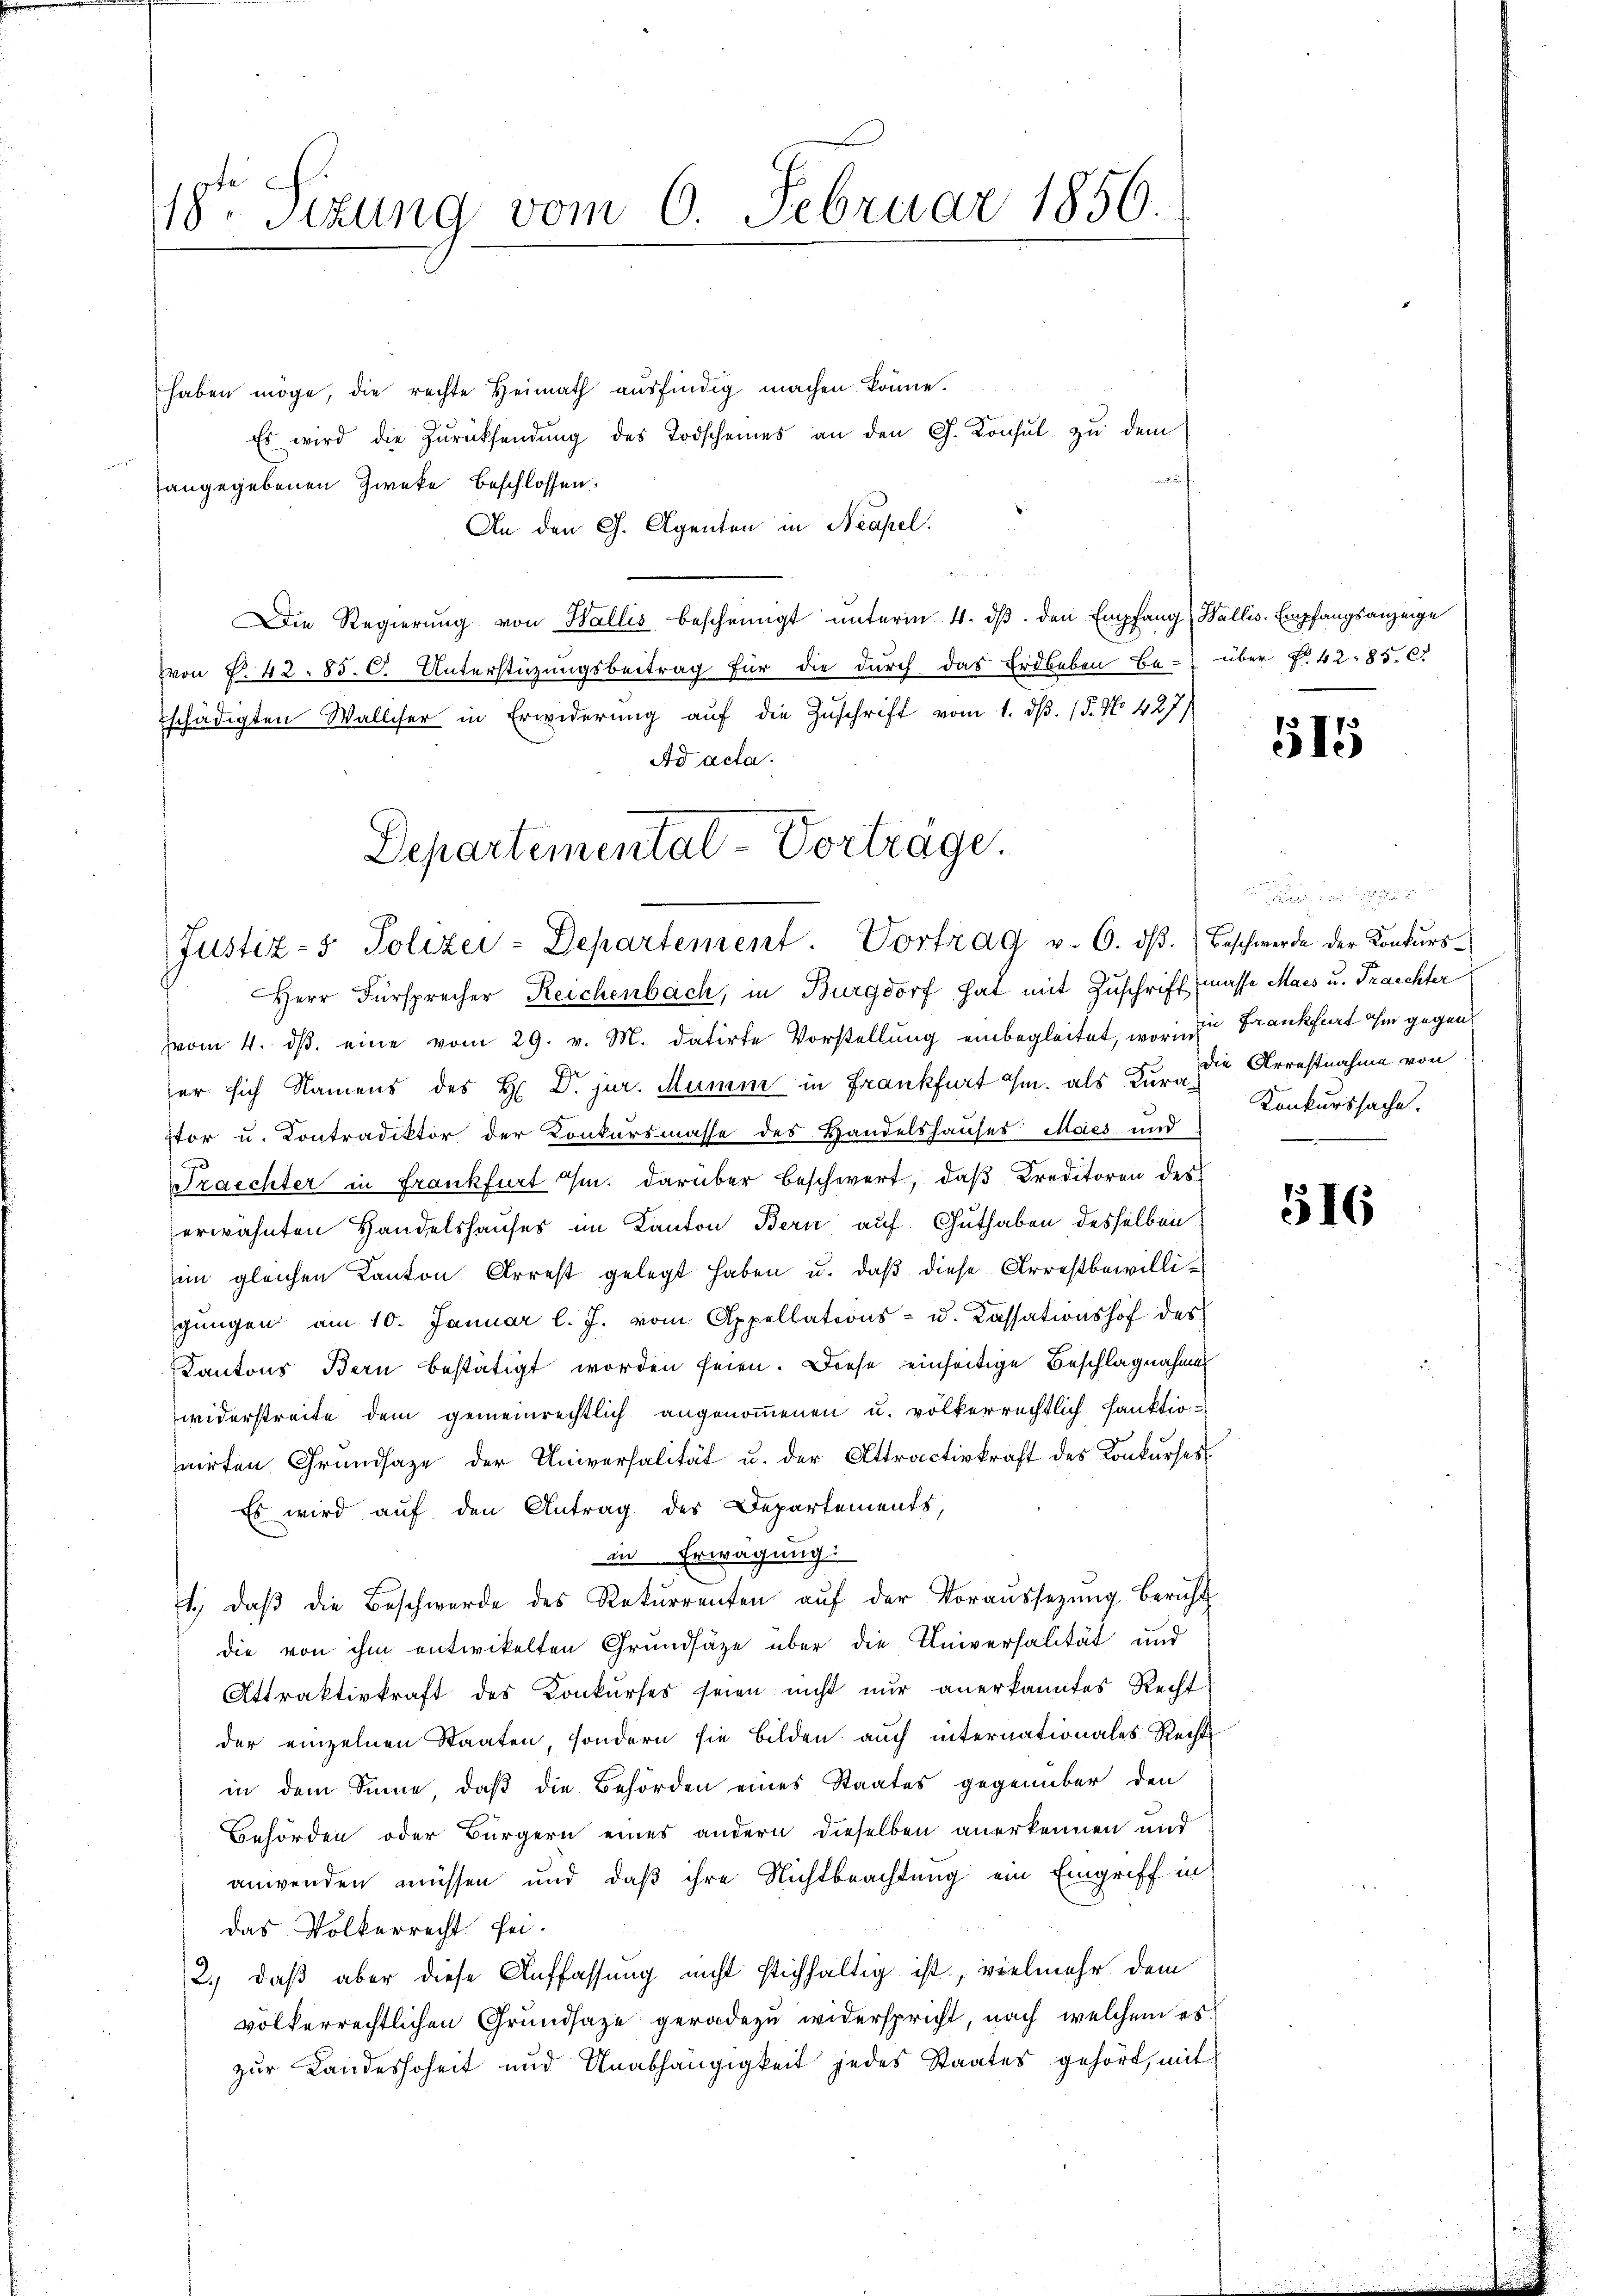
118ten Sizung vom 6. Februar 1850.

haben möge, die rechte Heimath ausfindig machen könne.
Es wird die Zŭrücksendŭng des Todscheines an den G. Konsul zŭ dem
i
angegebenen Zwecke beschlossen:
An den Ch. Agenten in Neapel.
Die Regierung von Wallis bescheinigt unterm 4. dβ. den Empfang (Wallis. Empfangsanzeige
on §. 42. 85. C. Unterstüzungsbeitrag für die durch das Erdbeben be- über f. 42. 85. C.
schädigten Walliser in Erwiderŭng aŭf die Zŭschrift vom 1. dβ. 15. No. 427/
Ad acta.
Herr Fürsprecher Reichenbach, in Burgdorf hat mit Zuschrift masse Macs u. Frachter
vom 4. dβ eine vom 29. v. M. datirte Vorstellung einbegleitet, worin zu Frankfurt ihm gegen
er sich Namens des H. Dr. jur. Mumm in Frankfurt ihm, als Kur die Arrestnahme von
stor u. Contradiktor der Konkursmasse des Handelshauses Maies und
Fraechter in Frankfurt u. darüber beschwert, daβ Kreditoren des
erwähnten Handelshauses im Kanton Bern auf Guthaben desselben
im gleichen Kanton Arrest gelegt haben u. daß diese Arrestbewilligŭngen am 10. Januar l. J. vom Appellations- u. Cassationshof des
Kantons Bern bestätigt worden seien. Diese einseitige Beschlagnahmen
widerstreite dem gemeinrechtlich angenoṁenen u. völkerrechtlich sanktio-
nirten Grundsaze der Universalität u. der Attractivkraft des Konkurses
Es wird auf den Antrag des Departements,
in Erwägung.
1., daβ die Beschwerde des Rekurrenten aŭf der Voraussetzŭng Bericht
die von ihm entwickelten Grundsätze über die Universalität und
Attraktivkraft des Konkurses seien nicht nur anerkanntes Recht
der einzelnen Staaten, sondern sie bilden auch internationales Rechts
in dem Sinne, daß die Behörden eines Staates gegenüber den
Behörden oder Bürgern eines andern dieselben anerkennen und
anwenden müssen und daß ihre Nichtbeachtung ein Eingriff in
das Volkerrecht sei.
2.) daß aber diese Auffassung nicht stichhaltig ist, vielmehr dem
völkerrechtlichen Grundsaze geradezu widerspricht, nach welchem es
zur Landeshoheit und Unabhängigkeit jedes Staates gehört, mit

Departemental Vorträge.
Justiz- & Polizei-Departement. Vortrag v. 6. dβ. Beschwerde der Konkŭrs-

515

Konkurssache.
.

516